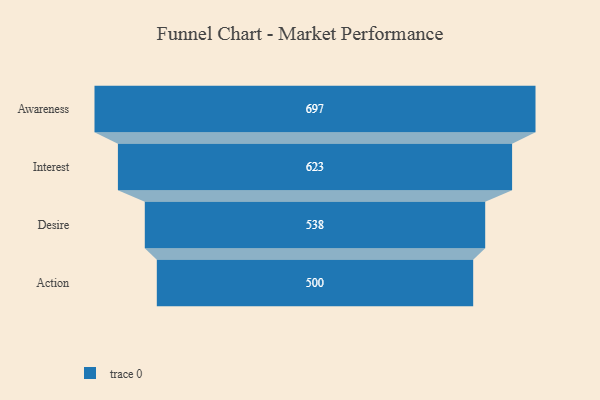
{"axis": {"x": "Stage", "y": "Value"}, "legend": [""], "data": [{"x": "Awareness", "y": 697.0, "type": ""}, {"x": "Interest", "y": 623.0, "type": ""}, {"x": "Desire", "y": 538.0, "type": ""}, {"x": "Action", "y": 500, "type": ""}]}